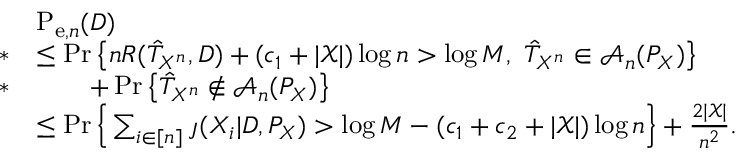
\begin{array} { r l } & { \mathrm { P } _ { \mathrm { e } , n } ( D ) } \\ { * } & { \leq \operatorname* { P r } \big \{ n R ( \hat { T } _ { X ^ { n } } , D ) + ( c _ { 1 } + | \mathcal { X } | ) \log n > \log M , ~ \hat { T } _ { X ^ { n } } \in \mathcal { A } _ { n } ( P _ { X } ) \big \} } \\ { * } & { \qquad + \operatorname* { P r } \big \{ \hat { T } _ { X ^ { n } } \notin \mathcal { A } _ { n } ( P _ { X } ) \big \} } \\ & { \leq \operatorname* { P r } \Big \{ \sum _ { i \in [ n ] } \jmath ( X _ { i } | D , P _ { X } ) > \log M - ( c _ { 1 } + c _ { 2 } + | \mathcal { X } | ) \log n \Big \} + \frac { 2 | \mathcal { X } | } { n ^ { 2 } } . } \end{array}